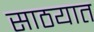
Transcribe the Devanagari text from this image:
साठयात